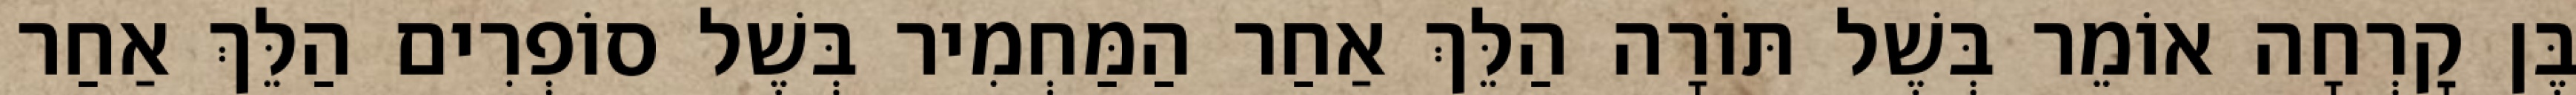
בֶּן קׇרְחָה אוֹמֵר בְּשֶׁל תּוֹרָה הַלֵּךְ אַחַר הַמַּחְמִיר בְּשֶׁל סוֹפְרִים הַלֵּךְ אַחַר